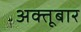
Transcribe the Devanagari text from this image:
अक्तूबार